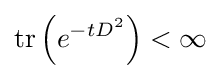
\mathrm {tr} \left(e^{-tD^{2}}\right)<\infty